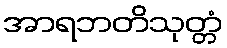
အာရဘတိသုတ္တံ